Document type: Sale
Year: 1451
Scribe: [Unknown]
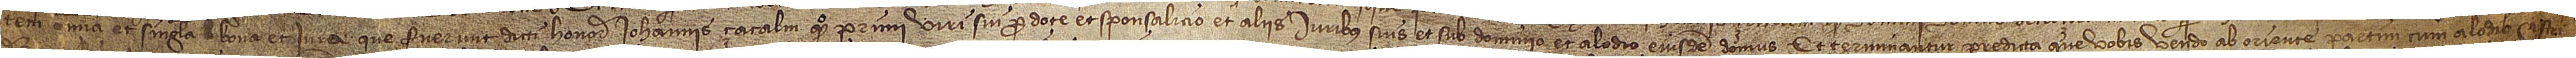
tem omnia et singula bona et iura que fuerunt dicti honorabilis Iohannis Çacalm, quondam, primi viri sui, pro dote et sponsalicio et aliis iuribus suis, et sub dominio et alodio eiusdem domus. Et terminantur predicta que vobis vendo ab oriente partim cum alodio castri